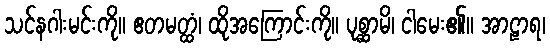
သင်နဂါးမင်းကို။ ဧတမတ္ထံ၊ ထိုအကြောင်းကို။ ပုစ္ဆာမိ၊ ငါမေး၏။ အာဠာရ၊